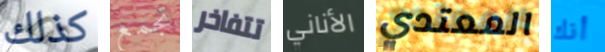
كذلك تجمع تتفاخر الأناني المعتدي أنك